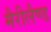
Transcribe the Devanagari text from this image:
मैरीलैण्ड